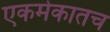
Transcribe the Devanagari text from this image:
एकमेकातच